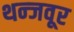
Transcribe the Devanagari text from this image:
थन्जवूर